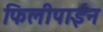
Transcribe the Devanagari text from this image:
फिलीपाईन